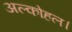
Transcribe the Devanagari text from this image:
अल्कोहल।